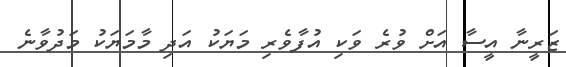
ޒަރީނާ އީސާ އަށް ވުރެ ވަކި އުފާވެރި މަޔަކު އަދި މާމަޔަކު މަދުވާނެ